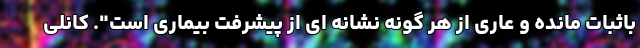
باثبات مانده و عاری از هر گونه نشانه ای از پیشرفت بیماری است". کانلی